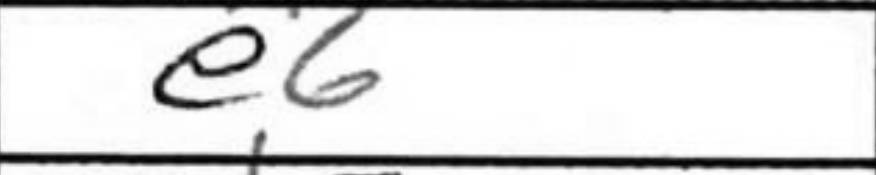
Transcription: e6